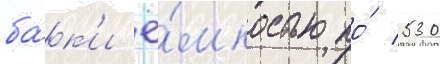
ба́к'и ё́мкостью по́ 530